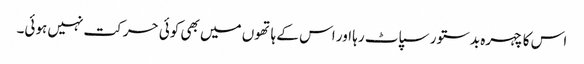
اس کا چہرہ بدستور سپاٹ رہا اور اس کے ہاتھوں میں بھی کوئی حرکت نہیں ہوئی۔